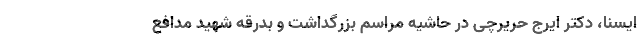
ایسنا، دکتر ایرج حریرچی در حاشیه مراسم بزرگداشت و بدرقه شهید مدافع